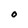
Character: O